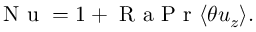
\mathrm { ~ N ~ u ~ } = 1 + \mathrm { ~ R ~ a ~ P ~ r ~ } \langle \theta u _ { z } \rangle .